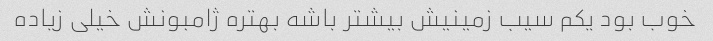
خوب بود یکم سیب زمینیش بیشتر باشه بهتره ژامبونش خیلی زیاده